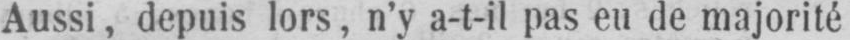
Aussi, depuis lors, n’y a-t-il pas eu de majorité